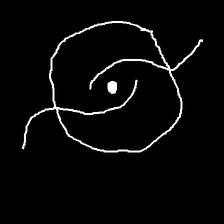
Glyph: repetition